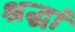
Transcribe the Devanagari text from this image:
श्रद्धां